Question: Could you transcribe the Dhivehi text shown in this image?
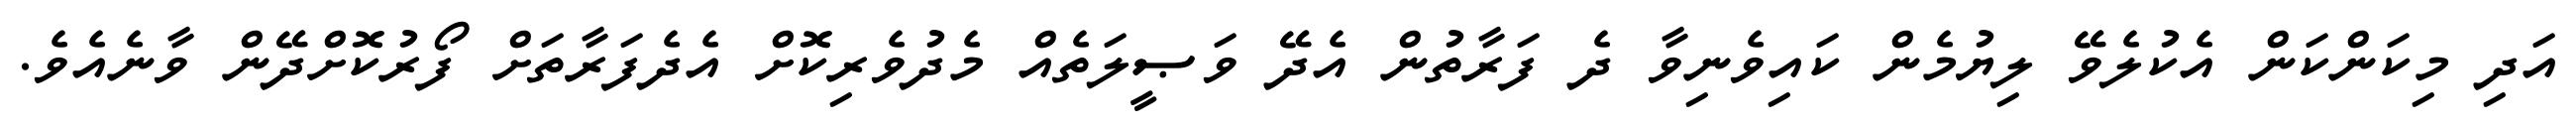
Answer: އަދި މިކަންކަން އެކުލެވޭ ލިޔުމެން ކައިވެނިވާ ދެ ފަރާތުން އެދޭ ވަޞީލަތެއް މެދުވެރިކޮށް އެދެފަރާތަށް ފޯރުކޮށްދޭން ވާނެއެވެ.